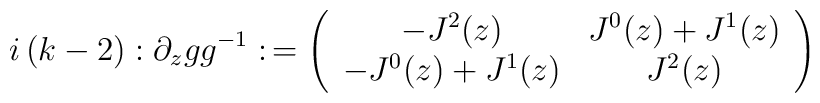
i\left( k-2\right) :\partial _zgg^{-1}:\,=\left(\begin{array}{cc}-J^2(z) & J^0(z)+J^1(z) \\-J^0(z)+J^1(z) & J^2(z)\end{array}\right)